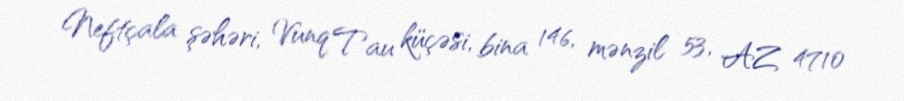
Neftçala şəhəri, Vunq Tau küçəsi, bina 146, mənzil 53, AZ 4710